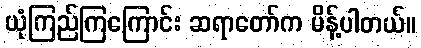
ယုံကြည်ကြကြောင်း ဆရာတော်က မိန့်ပါတယ်။